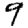
Digit: 9